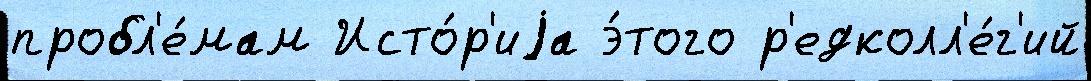
пробл'е́мам Исто́р'иjа э́того р'едколл'е́г'ий